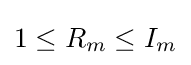
1\leq R_{m}\leq I_{m}